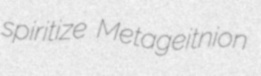
spiritize Metageitnion